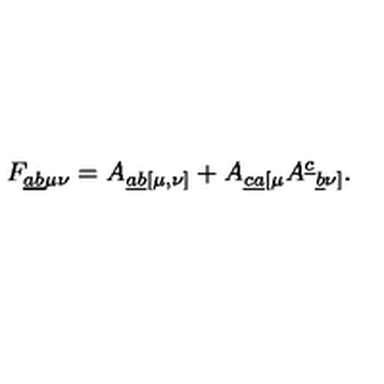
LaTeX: { F _ { \underline { { a b } } \mu \nu } } = { A _ { \underline { { a b } } [ \mu , \nu ] } } + { A _ { \underline { { c a } } [ \mu } A ^ { \underline { { c } } } { } _ { \underline { { b } } \nu ] } } .